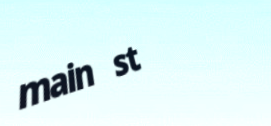
main st